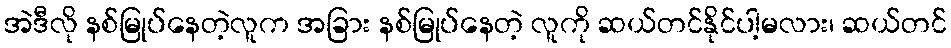
အဲဒီလို နစ်မြုပ်နေတဲ့လူက အခြား နစ်မြုပ်နေတဲ့ လူကို ဆယ်တင်နိုင်ပါ့မလား၊ ဆယ်တင်